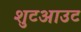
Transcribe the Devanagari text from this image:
शुटआउट